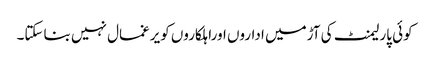
کوئی پارلیمنٹ کی آڑمیں اداروں اوراہلکاروں کویرغمال نہیں بناسکتا۔